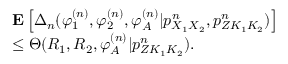
\begin{array} { r l } & { { \bf E } \left[ \Delta _ { n } ( \varphi _ { 1 } ^ { ( n ) } , \varphi _ { 2 } ^ { ( n ) } , \varphi _ { \cal A } ^ { ( n ) } | p _ { X _ { 1 } X _ { 2 } } ^ { n } , { p _ { Z K _ { 1 } K _ { 2 } } ^ { n } } ) \right] } \\ & { \leq \Theta ( R _ { 1 } , R _ { 2 } , \varphi _ { \cal A } ^ { ( n ) } | { p _ { Z K _ { 1 } K _ { 2 } } ^ { n } } ) . } \end{array}